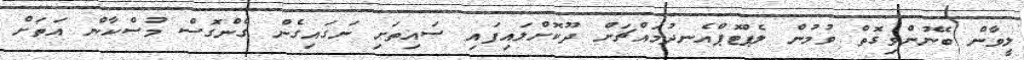
ލީވާން ބޭނުންވިގޮތް ވުމުން ލެޕްޓޮޕްއެނދުމައްޗަށް ދޫކޮށްލައިފައި ސައިތަށި ނަގައިގެން ގެންގޮސް މުސްކާން އަތަށް